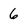
Character: 6